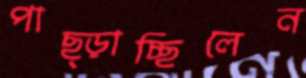
পাছ্‌ড়াচ্ছিলেন